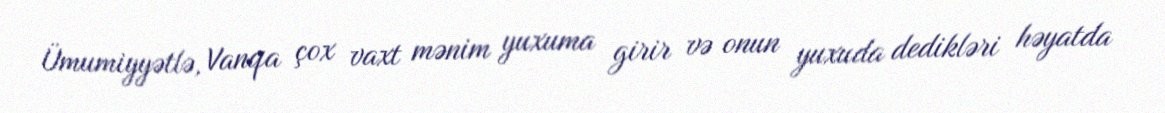
Ümumiyyətlə, Vanqa çox vaxt mənim yuxuma girir və onun yuxuda dedikləri həyatda